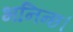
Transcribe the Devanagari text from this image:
भनिन्छ।